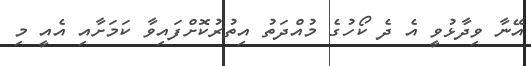
އޭނާ ވިދާޅުވީ އެ ދެ ކޯހުގެ މުއްދަތު އިތުރުކޮށްފައިވާ ކަމަށާއި އެއީ މި